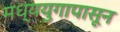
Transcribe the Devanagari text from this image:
मध्ययुगापासून